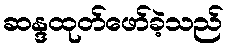
ဆန္ဒထုတ်ဖော်ခဲ့သည်